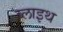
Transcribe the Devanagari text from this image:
ब्लाइथ